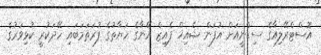
އޮސްޓްރޭލިއާގެ ސިޑްނީއަށް އުފަން ޝެއިޚް ފެއިޒް އޭނާގެ ހަޔާތުގެ ފުރަތަމަބައި ހޭދަކުރީ ކުޅިވަރުގެ